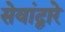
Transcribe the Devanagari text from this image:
सेवांद्वारे